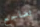
تضاجع